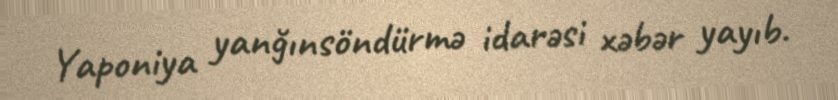
Yaponiya yanğınsöndürmə idarəsi xəbər yayıb.